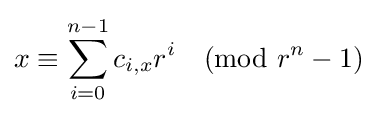
x\equiv \sum _{i=0}^{n-1}c_{i,x}r^{i}{\pmod {r^{n}-1}}